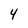
Character: 4